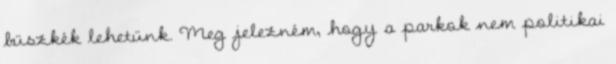
büszkék lehetünk. Meg jelezném, hogy a parkok nem politikai